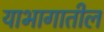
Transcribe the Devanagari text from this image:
याभागातील